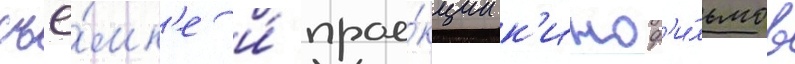
съё́мк'е и́ прое́кции к'иноф'и́льмов